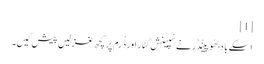
[1]
اِسکے باد بھُوپینْدْر نے سْپینِش گِٹار اَور ڈْرم پر کُچھ غزلیں پیش کِیں۔